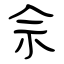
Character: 佘